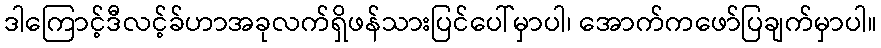
ဒါကြောင့်ဒီလင့်ခ်ဟာအခုလက်ရှိဖန်သားပြင်ပေါ်မှာပါ၊ အောက်ကဖော်ပြချက်မှာပါ။